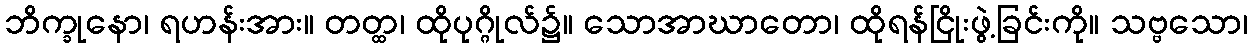
ဘိက္ခုနော၊ ရဟန်းအား။ တတ္ထ၊ ထိုပုဂ္ဂိုလ်၌။ သောအာဃာတော၊ ထိုရန်ငြိုးဖွဲ့ခြင်းကို။ သဗ္ဗသော၊